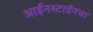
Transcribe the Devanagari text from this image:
आईनस्टाईनचा